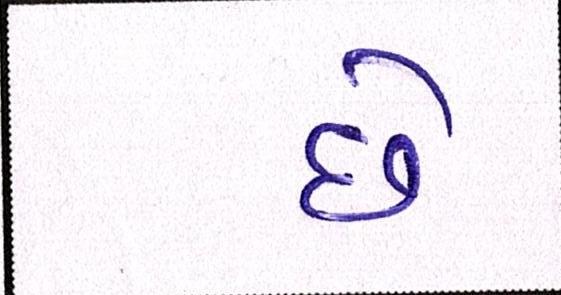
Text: છેઃ